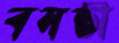
বসন্তী